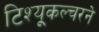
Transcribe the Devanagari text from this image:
टिश्यू्कल्चरने